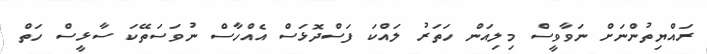
ރައްޔިތުންނަށް ނަވާވީސް މިލިއަން ހަތަރު ލައްކަ ފަސްދޮޅަސް އެއްހާސް ނުވަސަތޭކަ ސާޅީސް ހަތް